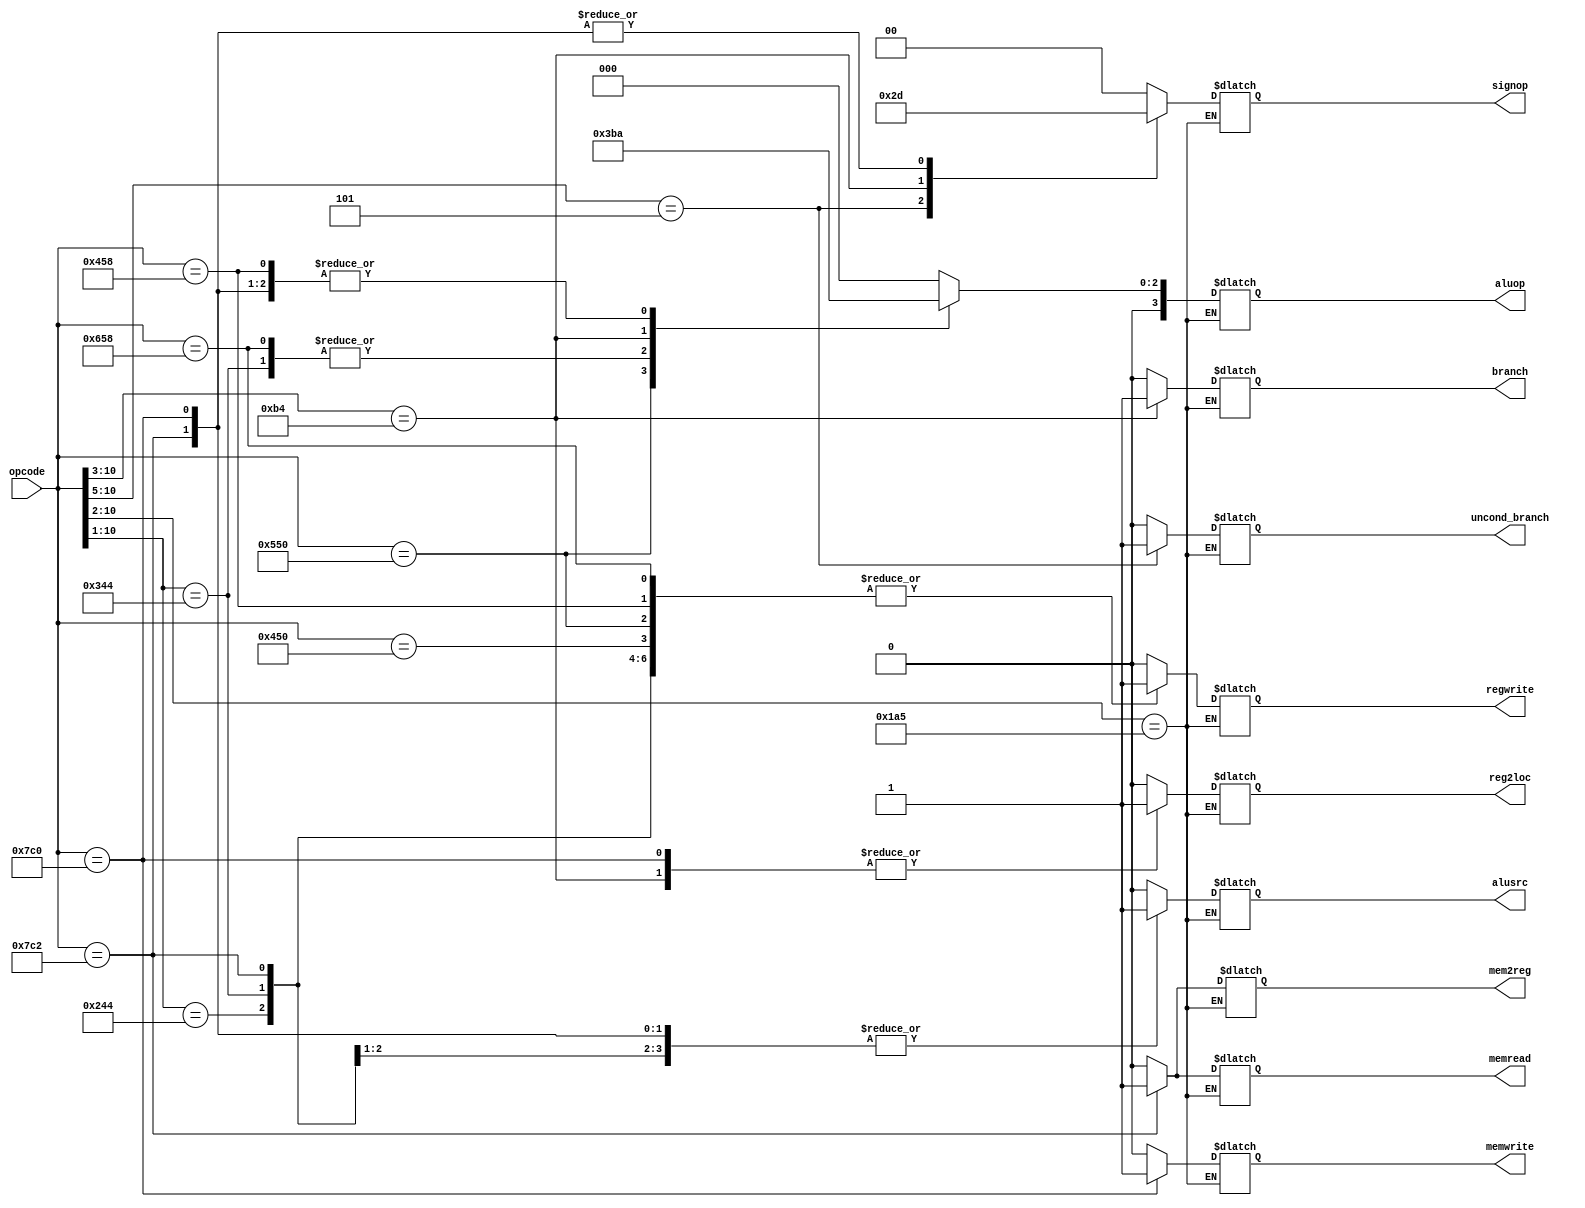
`define OPCODE_ANDREG 11'b10001010000
`define OPCODE_ORRREG 11'b10101010000
`define OPCODE_ADDREG 11'b10001011000
`define OPCODE_SUBREG 11'b11001011000

`define OPCODE_ADDIMM 11'b1001000100Z   // Figure out later lol
`define OPCODE_SUBIMM 11'b1101000100Z

`define OPCODE_MOVZ   11'b110100101ZZ

`define OPCODE_B      11'b000101ZZZZZ
`define OPCODE_CBZ    11'b10110100ZZZ

`define OPCODE_LDUR   11'b11111000010
`define OPCODE_STUR   11'b11111000000

// Use `z` for "don't care" values because we are using `casez`

module control(
	       output reg 	reg2loc,
	       output reg 	alusrc,
	       output reg 	mem2reg,
	       output reg 	regwrite,
	       output reg 	memread,
	       output reg 	memwrite,
	       output reg 	branch,
	       output reg 	uncond_branch,
	       output reg [3:0] aluop,
	       output reg [1:0] signop,
	       input [10:0] 	opcode
	       );

   always @(*)
     begin
	casez (opcode)
	  /* Add cases here for each instruction your processor supports */
	  `OPCODE_ANDREG:
	    begin
               reg2loc       = 1'b0;
	       uncond_branch = 1'b0;
	       branch        = 1'b0;
	       memread       = 1'b0;
	       mem2reg       = 1'b0;
	       memwrite      = 1'b0;
               alusrc        = 1'b0;
	       regwrite      = 1'b1;
	       signop        = 2'bzz;
               aluop         = 4'b0000;
            end // case: `OPCODE_ANDREG
	  `OPCODE_ORRREG:
	    begin
               reg2loc       = 1'b0;
	       uncond_branch = 1'b0;
	       branch        = 1'b0;
	       memread       = 1'b0;
	       mem2reg       = 1'b0;
	       memwrite      = 1'b0;
               alusrc        = 1'b0;
	       regwrite      = 1'b1;
	       signop        = 2'bzz;
               aluop         = 4'b0001;
            end
	  `OPCODE_ADDREG:
	    begin
               reg2loc       = 1'b0;
	       uncond_branch = 1'b0;
	       branch        = 1'b0;
	       memread       = 1'b0;
	       mem2reg       = 1'b0;
	       memwrite      = 1'b0;
               alusrc        = 1'b0;
	       regwrite      = 1'b1;
	       signop        = 2'bzz;
               aluop         = 4'b0010;
            end
	  `OPCODE_SUBREG:
	    begin
               reg2loc       = 1'b0;
	       uncond_branch = 1'b0;
	       branch        = 1'b0;
	       memread       = 1'b0;
	       mem2reg       = 1'b0;
	       memwrite      = 1'b0;
               alusrc        = 1'b0;
	       regwrite      = 1'b1;
	       signop        = 2'bzz;
               aluop         = 4'b0110;
            end
	  `OPCODE_ADDIMM:
	    begin
               reg2loc       = 1'b0;
	       uncond_branch = 1'b0;
	       branch        = 1'b0;
	       memread       = 1'b0;
	       mem2reg       = 1'b0;
	       memwrite      = 1'b0;
               alusrc        = 1'b1;
	       regwrite      = 1'b1;
	       signop        = 2'b00;
               aluop         = 4'b0010;
            end
	  `OPCODE_SUBIMM:
	    begin
               reg2loc       = 1'b0;
	       uncond_branch = 1'b0;
	       branch        = 1'b0;
	       memread       = 1'b0;
	       mem2reg       = 1'b0;
	       memwrite      = 1'b0;
               alusrc        = 1'b1;
	       regwrite      = 1'b1;
	       signop        = 2'b00;
               aluop         = 4'b0110;
            end
	  `OPCODE_MOVZ: ; // Implement in Question 4 & 5
	  `OPCODE_B:
	    begin
               reg2loc       = 1'bz;
	       uncond_branch = 1'b1;
	       branch        = 1'bz;
	       memread       = 1'b0;
	       mem2reg       = 1'bz;
	       memwrite      = 1'b0;
               alusrc        = 1'bz;
	       regwrite      = 1'b0;
	       signop        = 2'b10;
               aluop         = 4'bzzzz;
            end
	  `OPCODE_CBZ:
	    begin
               reg2loc       = 1'b1;
	       uncond_branch = 1'b0;
	       branch        = 1'b1;
	       memread       = 1'b0;
	       mem2reg       = 1'bz;
	       memwrite      = 1'b0;
               alusrc        = 1'b0;
	       regwrite      = 1'b0;
	       signop        = 2'b11;
               aluop         = 4'b0111;
            end
	  `OPCODE_LDUR:
	    begin
               reg2loc       = 1'bz;
	       uncond_branch = 1'b0;
	       branch        = 1'b0;
	       memread       = 1'b1;
	       mem2reg       = 1'b1;
	       memwrite      = 1'b0;
               alusrc        = 1'b1;
	       regwrite      = 1'b1;
	       signop        = 2'b01;
               aluop         = 4'b0010;
            end
	  `OPCODE_STUR:
	    begin
               reg2loc       = 1'b1;
	       uncond_branch = 1'b0;
	       branch        = 1'b0;
	       memread       = 1'b0;
	       mem2reg       = 1'bz;
	       memwrite      = 1'b1;
               alusrc        = 1'b1;
	       regwrite      = 1'b0;
	       signop        = 2'b01;
               aluop         = 4'b0010;
            end
          default:
            begin
               reg2loc       = 1'bz;
               alusrc        = 1'bz;
               mem2reg       = 1'bz;
               regwrite      = 1'b0;
               memread       = 1'b0;
               memwrite      = 1'b0;
               branch        = 1'b0;
               uncond_branch = 1'b0;
               aluop         = 4'bzzzz;
               signop        = 2'bzz;
            end
	endcase
     end

endmodule